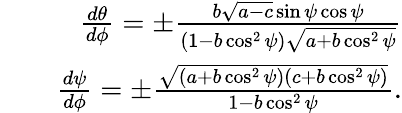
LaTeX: \begin{array}{rlr}&{}&{\frac{d\theta}{d\phi}=\pm\frac{b\sqrt{a-c}\sin\psi\cos\psi}{(1-b\cos^{2}\psi)\sqrt{a+b\cos^{2}\psi}}}\\ &{}&{\frac{d\psi}{d\phi}=\pm\frac{\sqrt{(a+b\cos^{2}\psi)(c+b\cos^{2}\psi)}}{1-b\cos^{2}\psi}.}\end{array}